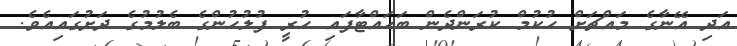
އަދި އޭނާގެ މައްޗަށް ހުކުމް ކުރަންދެން ބަހައްޓާފައި ހުރީ ފުލުހުންގެ ބެލުމުގެ ދަށުގައިއެވެ.